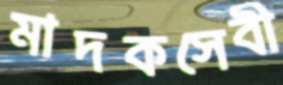
মাদকসেবী